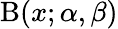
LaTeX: \mathrm{B}(x;\alpha,\beta)